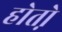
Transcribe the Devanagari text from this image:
होतो़